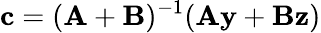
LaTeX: \mathbf{c}=(\mathbf{A}+\mathbf{B})^{-1}(\mathbf{A}\mathbf{y}+\mathbf{B}\mathbf{z})